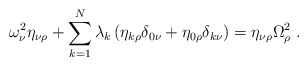
\begin{align*}\omega_\nu^2\eta_{\nu\rho}+\sum_{k=1}^N\lambda_k\left(\eta_{k\rho}\delta_{0\nu}+\eta_{0\rho}\delta_{k\nu}\right)=\eta_{\nu\rho}\Omega_\rho^2\;.\end{align*}